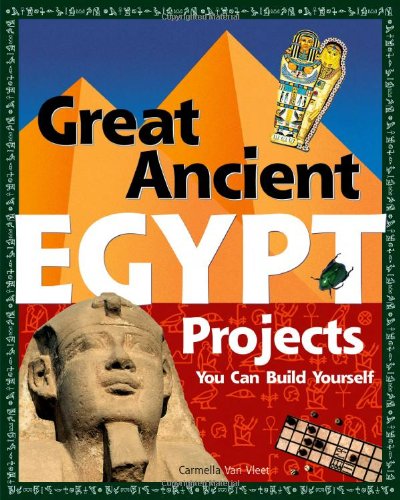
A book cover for Great Ancient EGYPT Projects: You Can Build Yourself (Build It Yourself); Carmella Van Vleet; Children's Books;